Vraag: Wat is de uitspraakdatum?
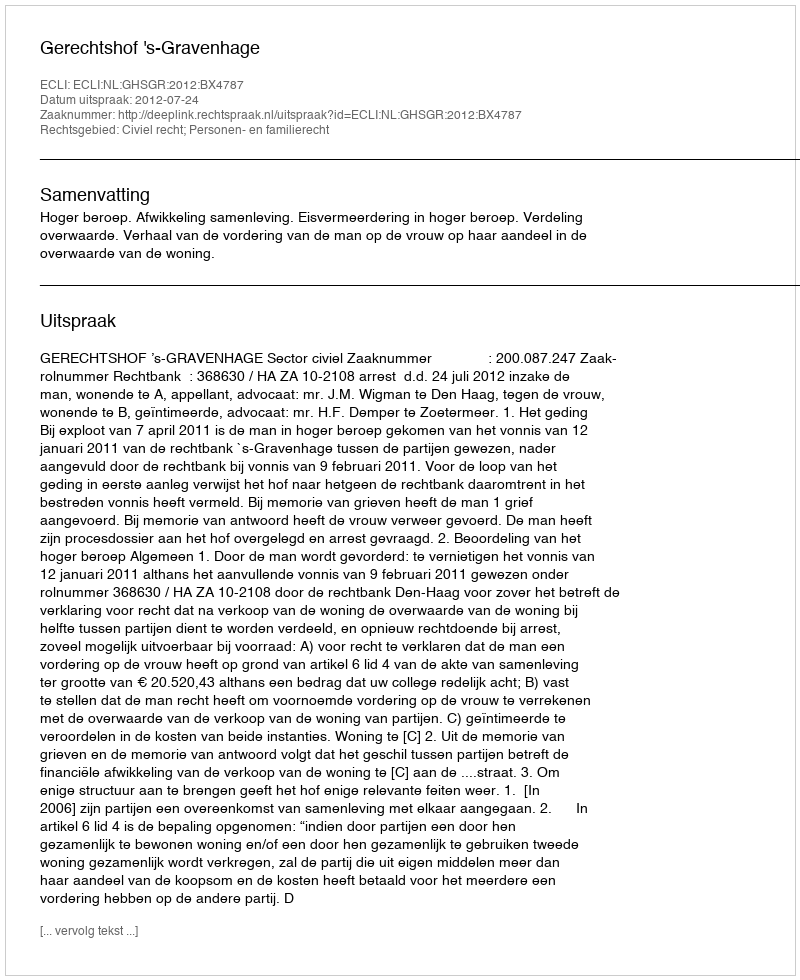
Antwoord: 2012-07-24